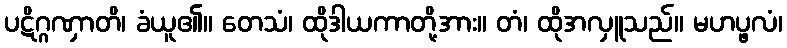
ပဋိဂ္ဂဏှာတိ၊ ခံယူ၏။ တေသံ၊ ထိုဒါယကာတို့အား။ တံ၊ ထိုအလှူသည်။ မဟပ္ဖလံ၊